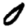
Digit: 0